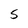
Character: 5